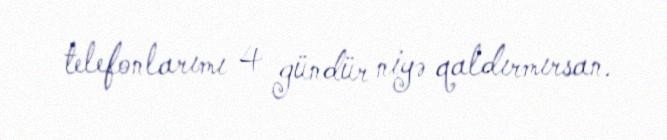
telefonlarımı 4 gündür niyə qaldırmırsan.